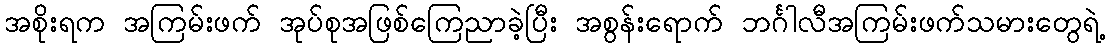
အစိုးရက အကြမ်းဖက် အုပ်စုအဖြစ်ကြေညာခဲ့ပြီး အစွန်းရောက် ဘင်္ဂါလီအကြမ်းဖက်သမားတွေရဲ့